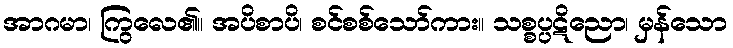
အာဂမာ၊ ကြွလေ၏။ အပိစာပိ၊ စင်စစ်သော်ကား။ သစ္စပ္ပဋိညော၊ မှန်သော